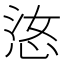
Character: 𫺋